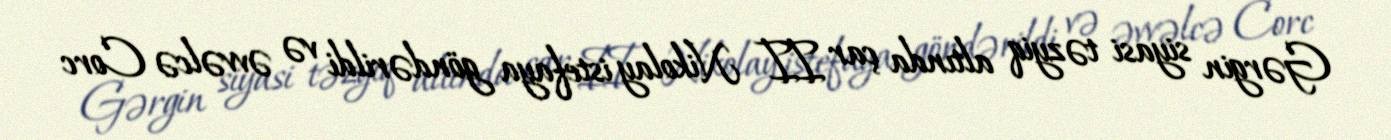
Gərgin siyasi təzyiq altında çar II Nikolay istefaya göndərildi və əvvəlcə Corc